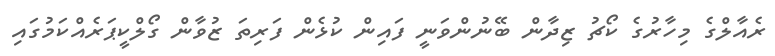
ރެއާލްގެ މިހާރުގެ ކޯޗު ޒިދާން ބޭނުންވަނީ ފައިން ކުޅެން ފަރިތަ ޒުވާން ގޯލްކީޕަރެއްކަމުގައި